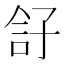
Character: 𡥫